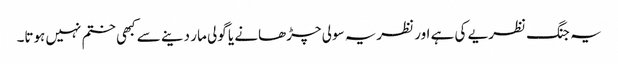
یہ جنگ نظریے کی ہے اور نظریہ سولی چڑھانے یا گولی مار دینے سے کبھی ختم نہیں ہوتا۔